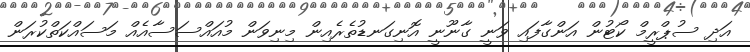
އަދި ސުޕްރީމް ކޯޓުން އަންގާފައި ވަނީ ގާނޫނީ އޮނިގަނޑުތެރެއިން މިނިވަން މުއައްސަސާއެއް މަސައްކަތްކުރަން